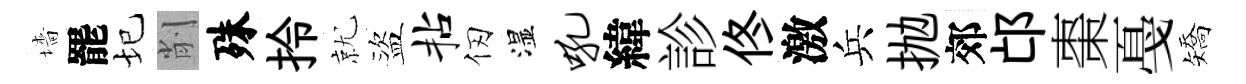
墻罷圮削殊拎就盜拈仞湿吼緯診佟激兵抛郊邙棗戞矯